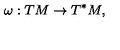
\omega : T M \rightarrow T ^ { \ast } M ,